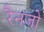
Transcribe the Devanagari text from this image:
रैनजो